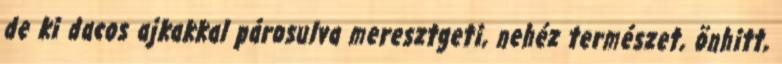
de ki dacos ajkakkal párosulva meresztgeti, nehéz természet, önhitt,